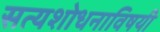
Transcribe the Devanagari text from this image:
सत्यशोधनाविषयी